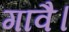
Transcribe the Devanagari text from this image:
गावै।